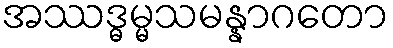
အဿဒ္ဓမ္မသမန္နာဂတော